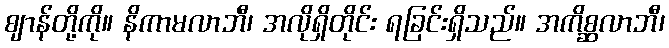
ဈာန်တို့ကို။ နိကာမလာဘီ၊ အလိုရှိတိုင်း ရခြင်းရှိသည်။ အကိစ္ဆလာဘီ၊